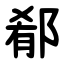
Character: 郩